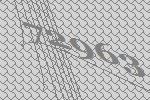
72963